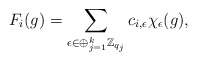
\begin{align*} F_i(g) = \sum_{\epsilon \in \oplus_{j=1}^k\mathbb{Z}_{q_j}} c_{i,\epsilon} \chi_\epsilon (g), \end{align*}